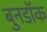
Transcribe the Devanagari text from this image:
बुनडॉक